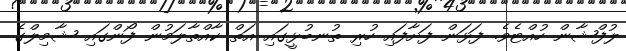
ލުފްޝާން ހުއްޓެވެ. ފަޅަން ފަށާފައި ހުރި ތުނބުޅީގައި އަތް ކާއްތާލަމުން ފޯންގައި ޝާމިލްގެ